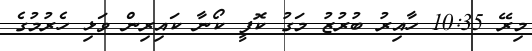
މިރޭ 10:35 ހާއިރު ބުރުޒު މަގު ކޮފީ ކޯނާ ކައިރިން ވަޅި ހެރުމުގެ